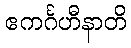
ဧကင်္ဂဟီနာတိ